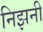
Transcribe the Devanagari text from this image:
निझनी